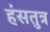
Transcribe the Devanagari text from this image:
हंसतुत्र